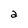
Character: a